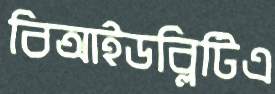
বিআইডব্লিটিএ